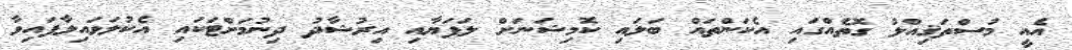
އެއީ މުސްތަޤިއްލު ގޮތެއްގައި އެކަންތައް ބަލައި ކޮމިޝަނަށް ލަފަޔާއި އިރުޝާދު ދިނުމަށްޓަކައި އެކުލަވައިލާފައިވާ